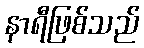
နာရီဖြစ်သည်